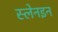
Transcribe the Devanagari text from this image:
स्लेनइन